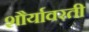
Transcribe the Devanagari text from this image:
शौर्यावरती